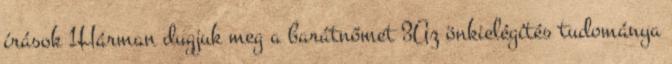
írások 1Hárman dugjuk meg a barátnőmet 3Az önkielégítés tudománya